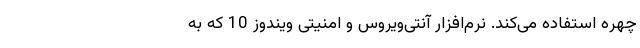
چهره استفاده می‌کند. نرم‌افزار آنتی‌ویروس و امنیتی ویندوز 10 که به